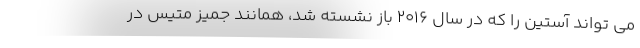
می تواند آستین را که در سال ۲۰۱۶ باز نشسته شد، همانند جمیز متیس در